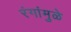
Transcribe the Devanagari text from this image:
रंगांमुळे